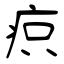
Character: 疻